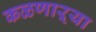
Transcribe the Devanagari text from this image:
कळणाऱ्या